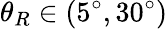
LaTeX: {\theta_{R}}\in(5^{\circ},30^{\circ})